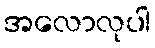
အလောလုပါ